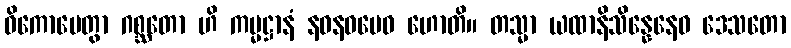
ဝိကောပေတွာ ဂစ္ဆတော ဟိ ကမ္မဋ္ဌာနံ နဝနဝမေဝ ဟောတိ။ တသ္မာ ယထာနိသိန္နေနေဝ ဒေသတော